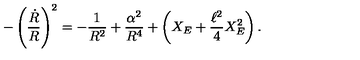
- \left( { \frac { \dot { R } } { R } } \right) ^ { 2 } = - { \frac { 1 } { R ^ { 2 } } } + { \frac { \alpha ^ { 2 } } { R ^ { 4 } } } + \left( X _ { E } + { \frac { \ell ^ { 2 } } { 4 } } X _ { E } ^ { 2 } \right) .